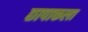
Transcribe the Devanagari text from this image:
छापाकला